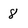
Character: 8